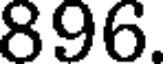
896.